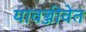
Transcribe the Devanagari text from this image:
यावज्जीवेत